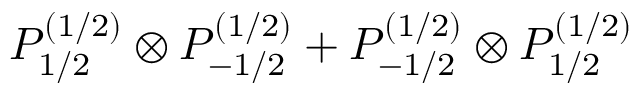
P _ { 1 / 2 } ^ { ( 1 / 2 ) } \otimes P _ { - 1 / 2 } ^ { ( 1 / 2 ) } + P _ { - 1 / 2 } ^ { ( 1 / 2 ) } \otimes P _ { 1 / 2 } ^ { ( 1 / 2 ) }